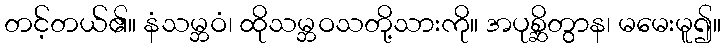
တင့်တယ်၏။ နံသမ္ဘဝံ၊ ထိုသမ္ဘဝသတို့သားကို။ အပုစ္ဆိတွာန၊ မမေးမူ၍။